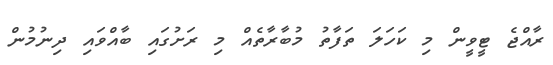
ރާއްޖެ ޓީވީން މި ކަހަލަ ތަފާތު މުބާރާތެއް މި ރަށުގައި ބާއްވައި ދިނުމުން